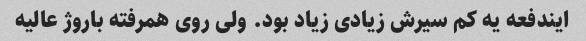
ایندفعه یه کم سیرش زیادی زیاد بود. ولی روی همرفته باروژ عالیه